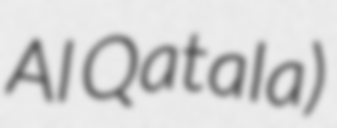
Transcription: Al Qatala)